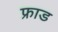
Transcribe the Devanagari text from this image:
फ्राड